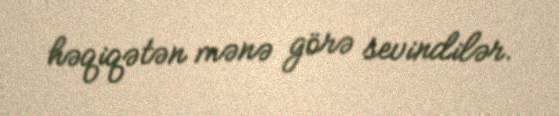
həqiqətən mənə görə sevindilər.